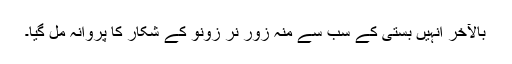
بالآخر انہیں بستی کے سب سے منہ زور نر زونو کے شکار کا پروانہ مل گیا۔